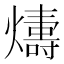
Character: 𤐭